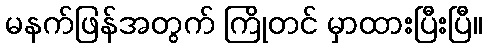
မနက်ဖြန်အတွက် ကြိုတင် မှာထားပြီးပြီ။